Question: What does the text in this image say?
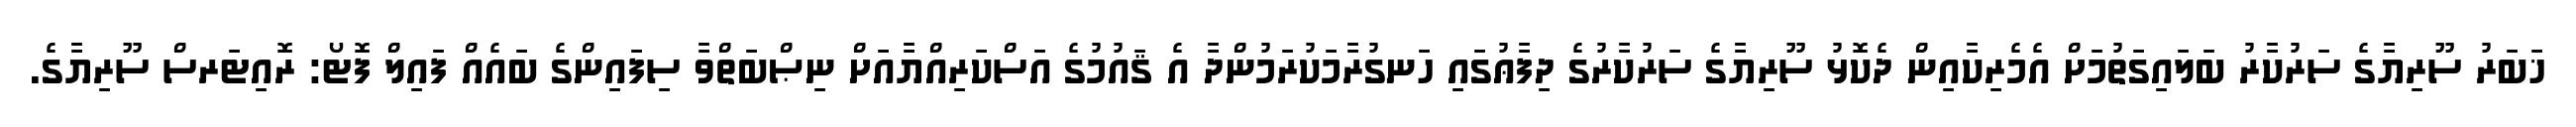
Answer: ޚަބަރު ސޫރިޔާގެ ސަރުކާރު ބަލައިގަތުމަށް އެމެރިކާއިން ދެކޮޅު ސޫރިޔާގެ ސަރުކާރުގެ ދިފާޢުގައި ހަނގުރާމަކުރަމުންދާ އެ ޤައުމުގެ އަސްކަރިއްޔާއަށް ނިޞްބަތްވާ ސިފައިންގެ ބައެއް ފައިލް ފޮޓޯ: ރޮއިޓަރސް ސޫރިޔާގެ.